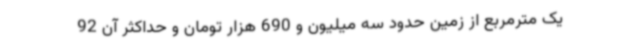
یک مترمربع از زمین حدود سه میلیون و 690 هزار تومان و حداکثر آن 92